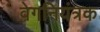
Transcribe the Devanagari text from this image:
वेगनियंत्रक